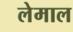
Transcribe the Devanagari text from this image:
लेमाल